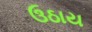
ઉઠાય